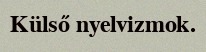
Külső nyelvizmok.